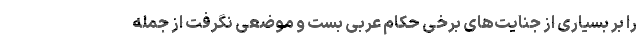
را بر بسیاری از جنایت­های برخی حکام عربی بست و موضعی نگرفت از جمله